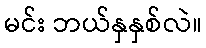
မင်း ဘယ်နှနှစ်လဲ။